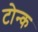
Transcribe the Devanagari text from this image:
टोन्क